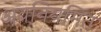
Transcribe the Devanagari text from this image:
अवनियमित